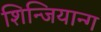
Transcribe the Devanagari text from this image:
शिन्जियान्ग